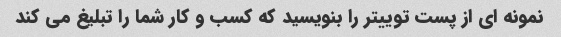
نمونه ای از پست توییتر را بنویسید که کسب و کار شما را تبلیغ می کند